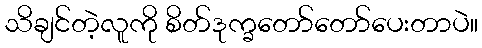
သိချင်တဲ့လူကို စိတ်ဒုက္ခတော်တော်ပေးတာပဲ။